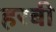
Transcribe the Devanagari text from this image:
हरबी